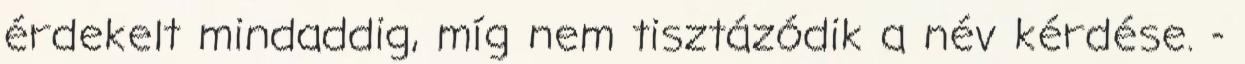
érdekelt mindaddig, míg nem tisztázódik a név kérdése. -